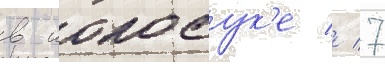
в иокосук'е // 7